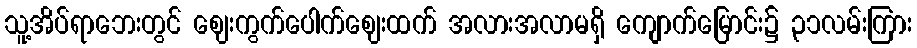
သူ့အိပ်ရာဘေးတွင် ဈေးကွက်ပေါက်ဈေးထက် အလားအလာမရှိ ကျောက်မြောင်း၌ ၃၁လမ်းကြား